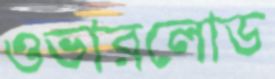
ওভারলোড